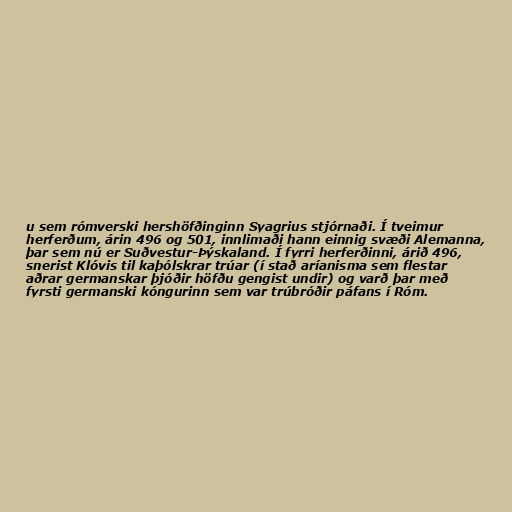
u sem rómverski hershöfðinginn Syagrius stjórnaði. Í tveimur
herferðum, árin 496 og 501, innlimaði hann einnig svæði Alemanna,
þar sem nú er Suðvestur-Þýskaland. Í fyrri herferðinni, árið 496,
snerist Klóvis til kaþólskrar trúar (í stað aríanisma sem flestar
aðrar germanskar þjóðir höfðu gengist undir) og varð þar með
fyrsti germanski kóngurinn sem var trúbróðir páfans í Róm.